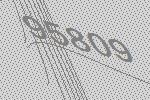
95809